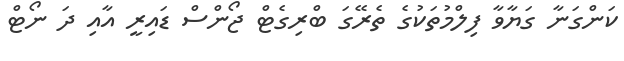
ކަންގަނާ ގަޔާވާ ފިލްމުތަކުގެ ތެރޭގަ ބްރިގެޓް ޖޯންސް ޑައިރީ އާއި ދަ ނޯޓް